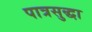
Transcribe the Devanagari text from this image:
पात्रसुद्धा